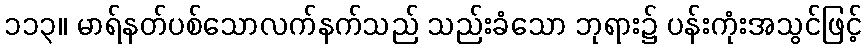
၁၁၃။ မာရ်နတ်ပစ်သောလက်နက်သည် သည်းခံသော ဘုရား၌ ပန်းကုံးအသွင်ဖြင့်